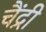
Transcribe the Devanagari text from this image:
चैंद्री